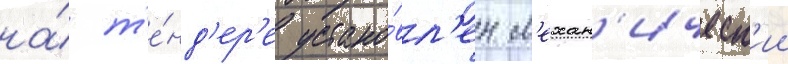
на́ т'е́нд'ер'е устано́вл'ен м'ехан'ическ'ии